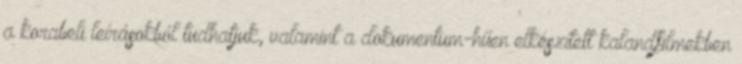
a korabeli leírásokból tudhatjuk, valamint a dokumentum-hűen elkészített kalandfilmekben